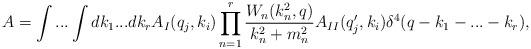
LaTeX: \begin{align*}A=\int...\int dk_1...dk_rA_I(q_j,k_i)\prod^r_{n=1}\frac{W_n(k_n^2,q)}{k_n^2+m_n^2}A_{II}(q'_j,k_i)\delta^4(q-k_1-...-k_r),\end{align*}